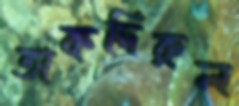
তাকদিরুল